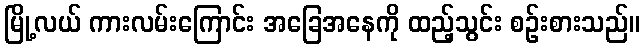
မြို့လယ် ကားလမ်းကြောင်း အခြေအနေကို ထည့်သွင်း စဉ်းစားသည်။